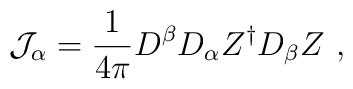
{\cal J}_\alpha = \frac{1}{4\pi}D^\beta D_\alpha Z^\dagger D_\beta Z~,